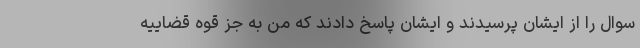
سوال را از ایشان پرسیدند و ایشان پاسخ دادند که من به جز قوه قضاییه